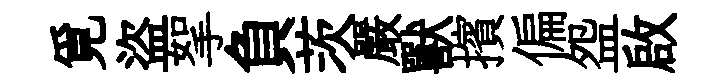
覓盜挐負茨嚴獸擯偏盌啟